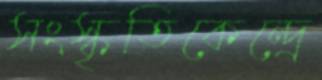
সংস্কৃতিকেন্দ্রে